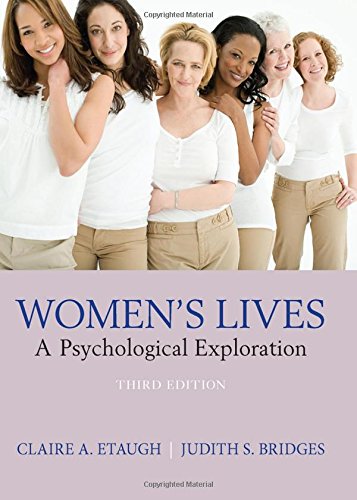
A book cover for Women's Lives: A Psychological Exploration; Claire Etaugh; Medical Books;